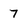
Character: 7